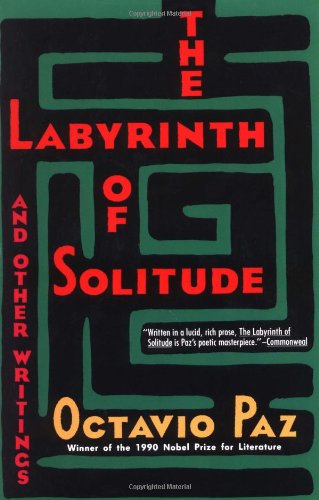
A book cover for The Labyrinth of Solitude: The Other Mexico, Return to the Labyrinth of Solitude, Mexico and the United States, the Philanthropic Ogre; Octavio Paz; Literature & Fiction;